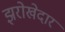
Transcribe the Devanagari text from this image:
झरोखेदार